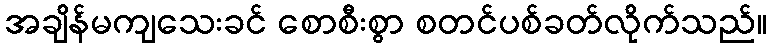
အချိန်မကျသေးခင် စောစီးစွာ စတင်ပစ်ခတ်လိုက်သည်။